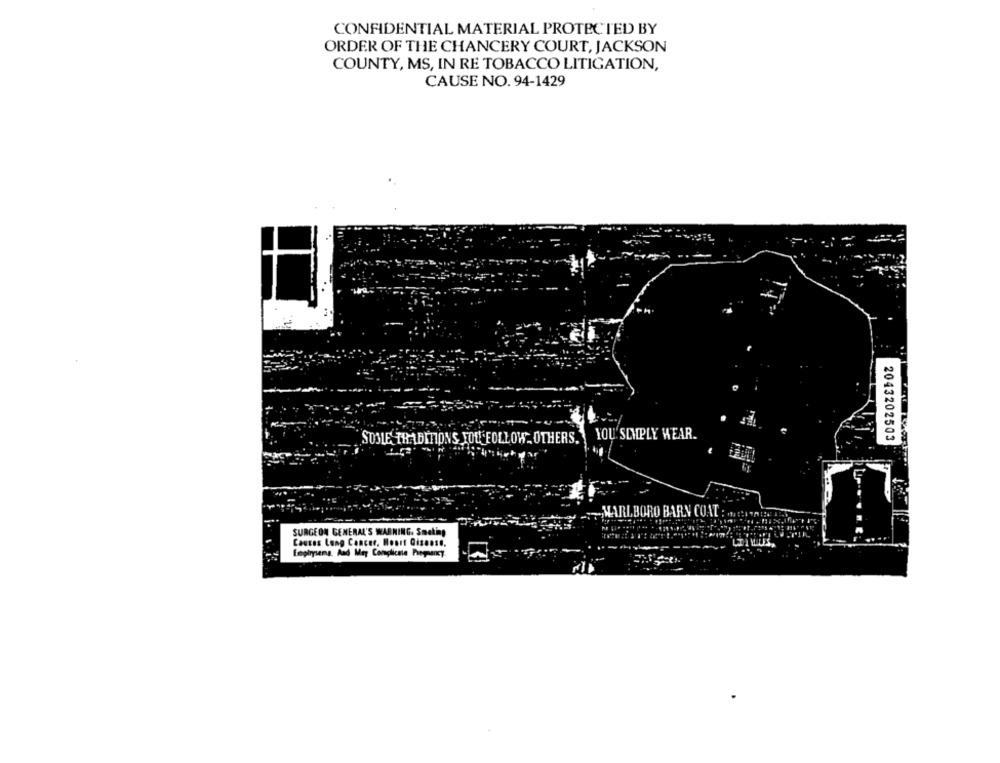
CONFIDENTIAL MATERIAL PROTECTED BY
ORDER OF THE CHANCERY COURT, JACKSON
COUNTY, MS, IN RE TOBACCO LITIGATION,
CAUSE NO. 94-1429
SUSLE TRADITIONS JOL FOLLOW OTHERS. YOU' SIMPLY WEAR.
2043202503
MARLBORO BARN COAT :
SURGEON GENERAL'S WARNING. Smoking
Cauces Lung Cancer, Hoort Gisense.